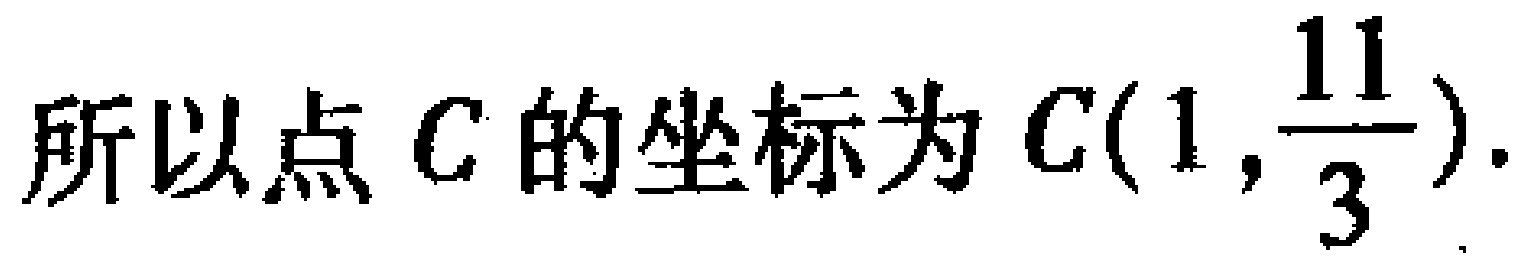
所以点 \(C\) 的坐标为 \(C(1,\frac{11}{3})\).